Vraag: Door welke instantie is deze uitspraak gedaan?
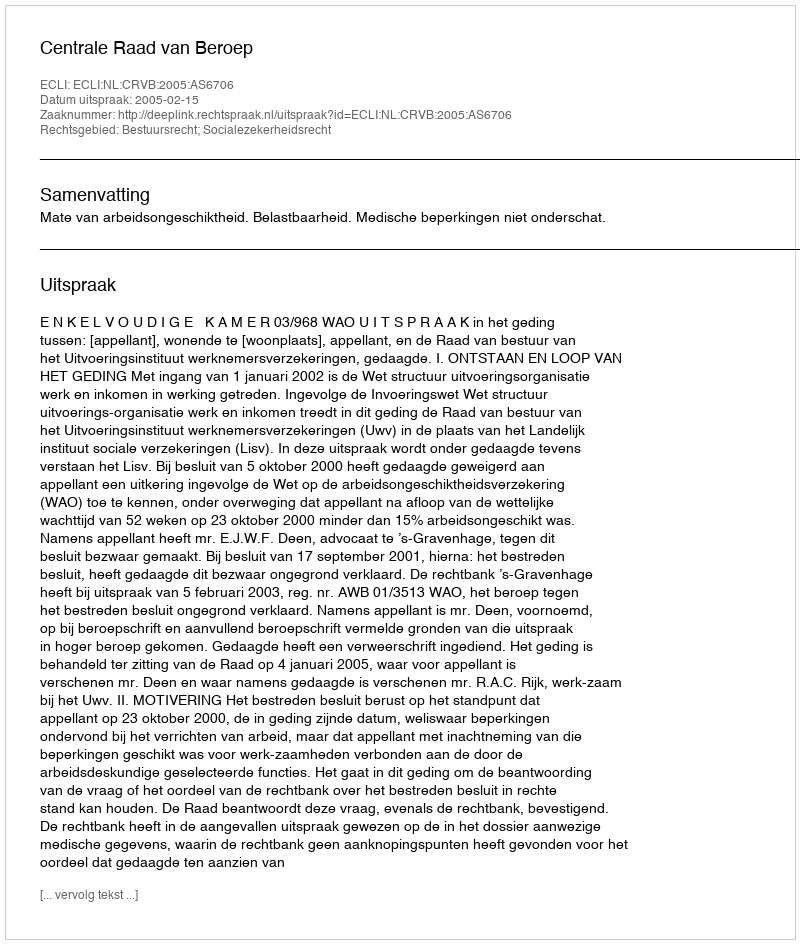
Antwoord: Centrale Raad van Beroep